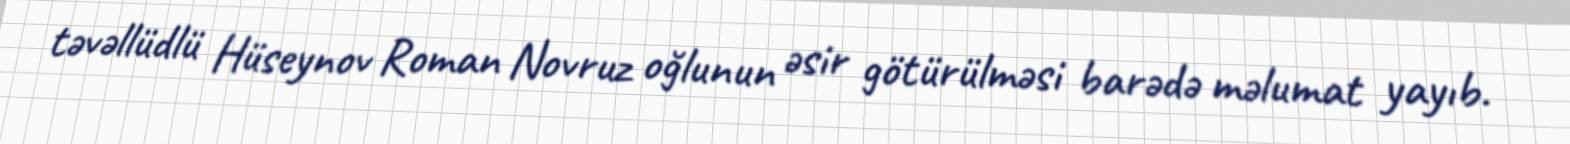
təvəllüdlü Hüseynov Roman Novruz oğlunun əsir götürülməsi barədə məlumat yayıb.